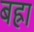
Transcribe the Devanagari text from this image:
बह्रा